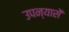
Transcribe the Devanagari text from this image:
उपन्यासें